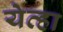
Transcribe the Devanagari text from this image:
येव्हा